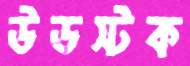
উডস্টক